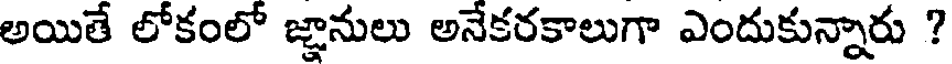
అయితే లోకంలో జ్ఞానులు అనేకరకాలుగా ఎందుకున్నారు ?